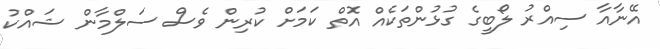
އޭނާއާ ސިއްރު ލޯބީގެ ގުޅުންތަކެއް އޮތް ކަމަށް ކުރިން ވެސް ސަލްމާން ޝައްކު